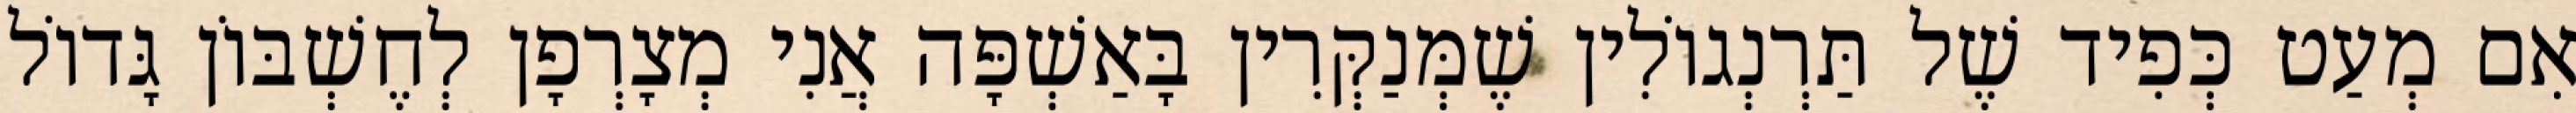
אִם מְעַט כְּפִיד שֶׁל תַּרְנְגוֹלִין שֶׁמְּנַקְּרִין בָּאַשְׁפָּה אֲנִי מְצָרְפָן לְחֶשְׁבּוֹן גָּדוֹל